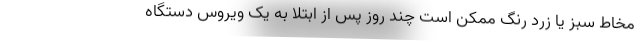
مخاط سبز یا زرد رنگ ممکن است چند روز پس از ابتلا به یک ویروس دستگاه